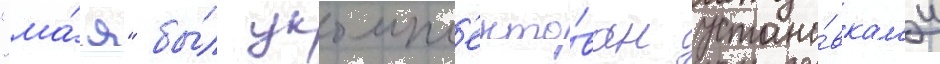
"ма́я" бы́л укомпл'екто́ван устано́вкам'и